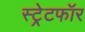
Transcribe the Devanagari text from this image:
स्ट्रेटफॉर